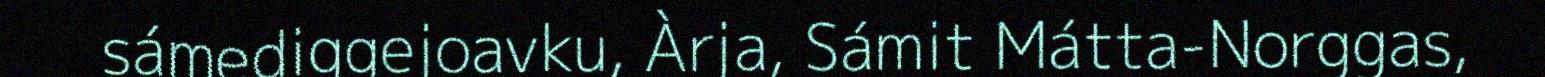
sámediggejoavku, Àrja, Sámit Mátta-Norggas,